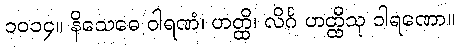
၁၀၁၄။ နိသေဓေ ဝါရဏံ၊ ဟတ္ထိ၊ လိင်္ဂ ဟတ္ထီသု ဝါရဏော။